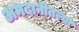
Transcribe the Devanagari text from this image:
अमदानीतल्या